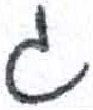
אות: ג